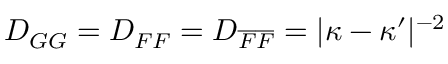
D _ { G G } = D _ { F F } = D _ { \overline { { F } } \overline { { F } } } = \vert \kappa - \kappa ^ { \prime } \vert ^ { - 2 }